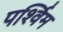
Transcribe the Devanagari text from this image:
पर्श्विम